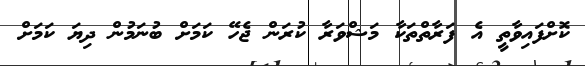
ކޮށްފައިވާތީ އެ ފަރާތްތަކާ މަޝްވަރާ ކުރަން ޖެހޭ ކަމަށް ބުނަމުން ދިޔަ ކަމަށް